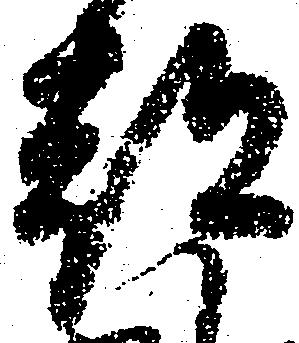
都